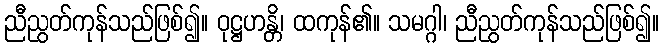
ညီညွတ်ကုန်သည်ဖြစ်၍။ ဝုဋ္ဌဟန္တိ၊ ထကုန်၏။ သမဂ္ဂါ၊ ညီညွတ်ကုန်သည်ဖြစ်၍။